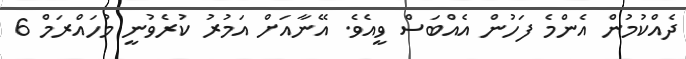
ދެއްކުމުން އެންމެ ފަހުން އެއްބަސް ވީއެވެ. އޭނާއަށް އަމުރު ކުރެވުނީ މުހައްރަމް 6